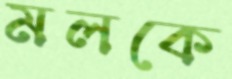
মলকে